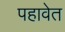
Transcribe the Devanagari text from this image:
पहावेत